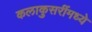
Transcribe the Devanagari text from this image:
कलाकुसरींमध्ये